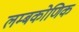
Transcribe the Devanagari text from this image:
लम्बकोणिक